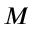
M